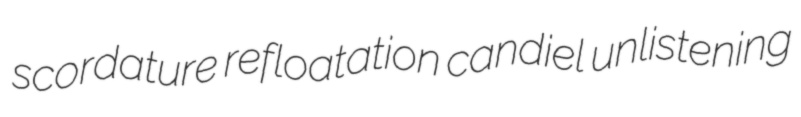
scordature refloatation candiel unlistening